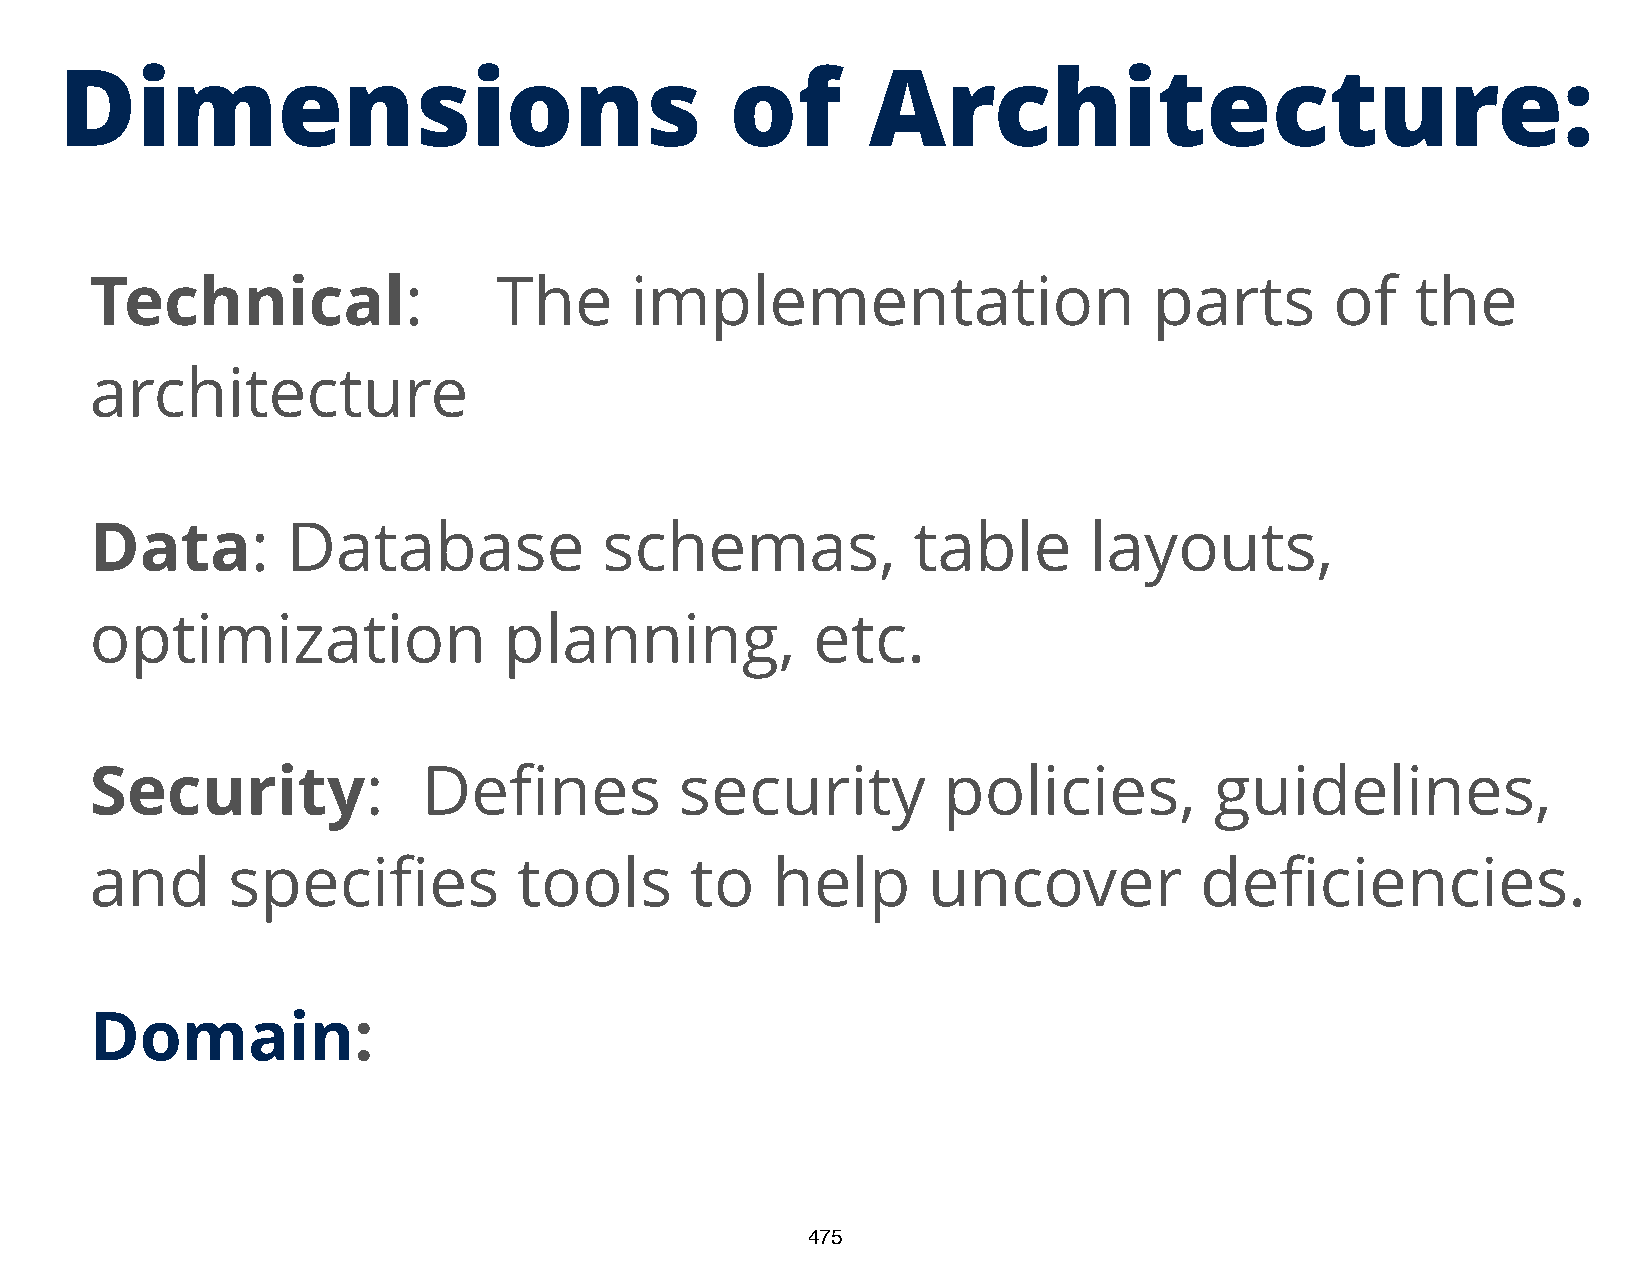
Dimensions                                  of       Architecture:
 Technical:                 The      implementation                    parts       of    the
 architecture
 Data:        Database             schemas,            table       layouts,
 optimization               planning,            etc.
 fi
 Security:             De      nes      security         policies,         guidelines,
 fi                                                         fi
 and      speci        es    tools       to   help      uncover           de      ciencies.
 DDoommaaiinn:
 475